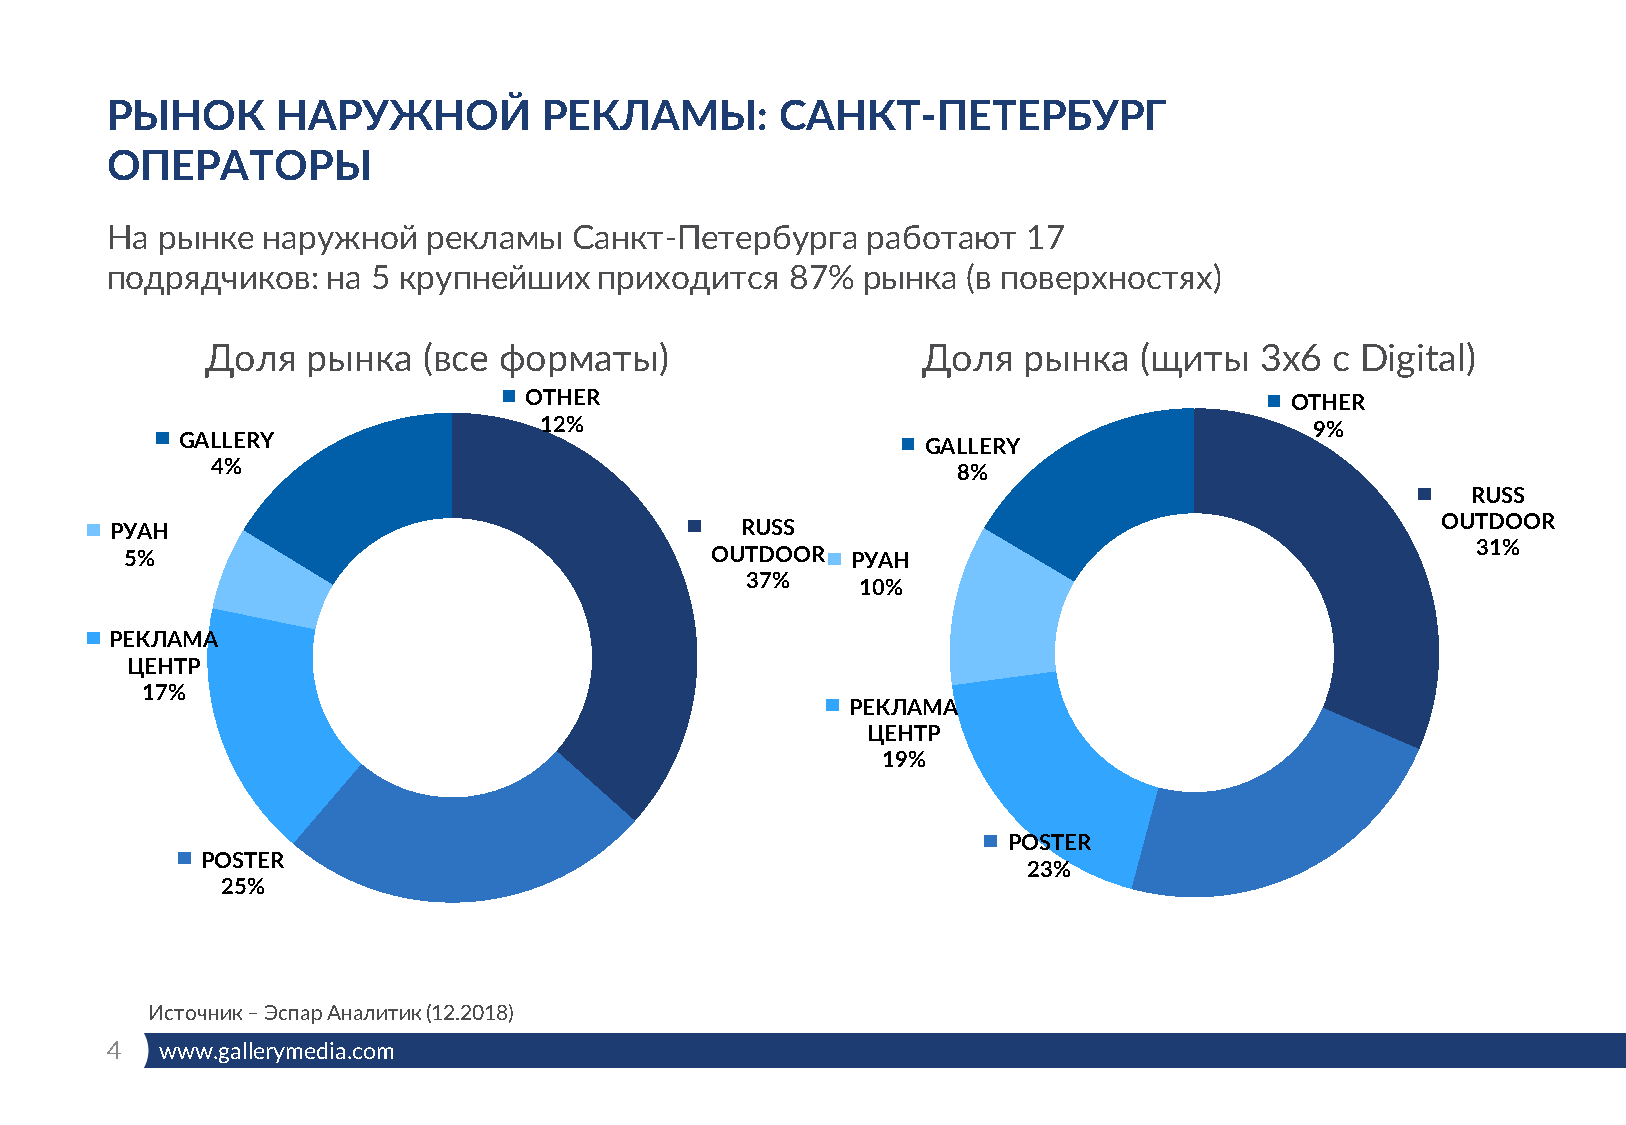
РЫНОК      НАРУЖНОЙ          РЕКЛАМЫ:        САНКТ-ПЕТЕРБУРГ
 ОПЕРАТОРЫ
 На рынке  наружной   рекламы   Санкт-Петербурга   работают   17
 подрядчиков:   на 5 крупнейших   приходится  87%  рынка  (в поверхностях)
 Доля  рынка   (все форматы)                    Доля   рынка  (щиты   3х6  с Digital)
 OTHER                                             OTHER
 12%                                                9%
 GALLERY
 GALLERY
 4%
 8%
 RUSS
 РУАН                                      RUSS                                          OUTDOOR
 31%
 5%                                     OUTDOOR  РУАН
 37%
 10%
 РЕКЛАМА
 ЦЕНТР
 17%
 РЕКЛАМА
 ЦЕНТР
 19%
 POSTER
 POSTER
 23%
 25%
 Источник –ЭспарАналитик (12.2018)
 4   www.gallerymedia.com